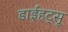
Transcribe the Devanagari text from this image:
डाईहट्सू